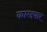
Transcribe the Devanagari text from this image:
कारदयार